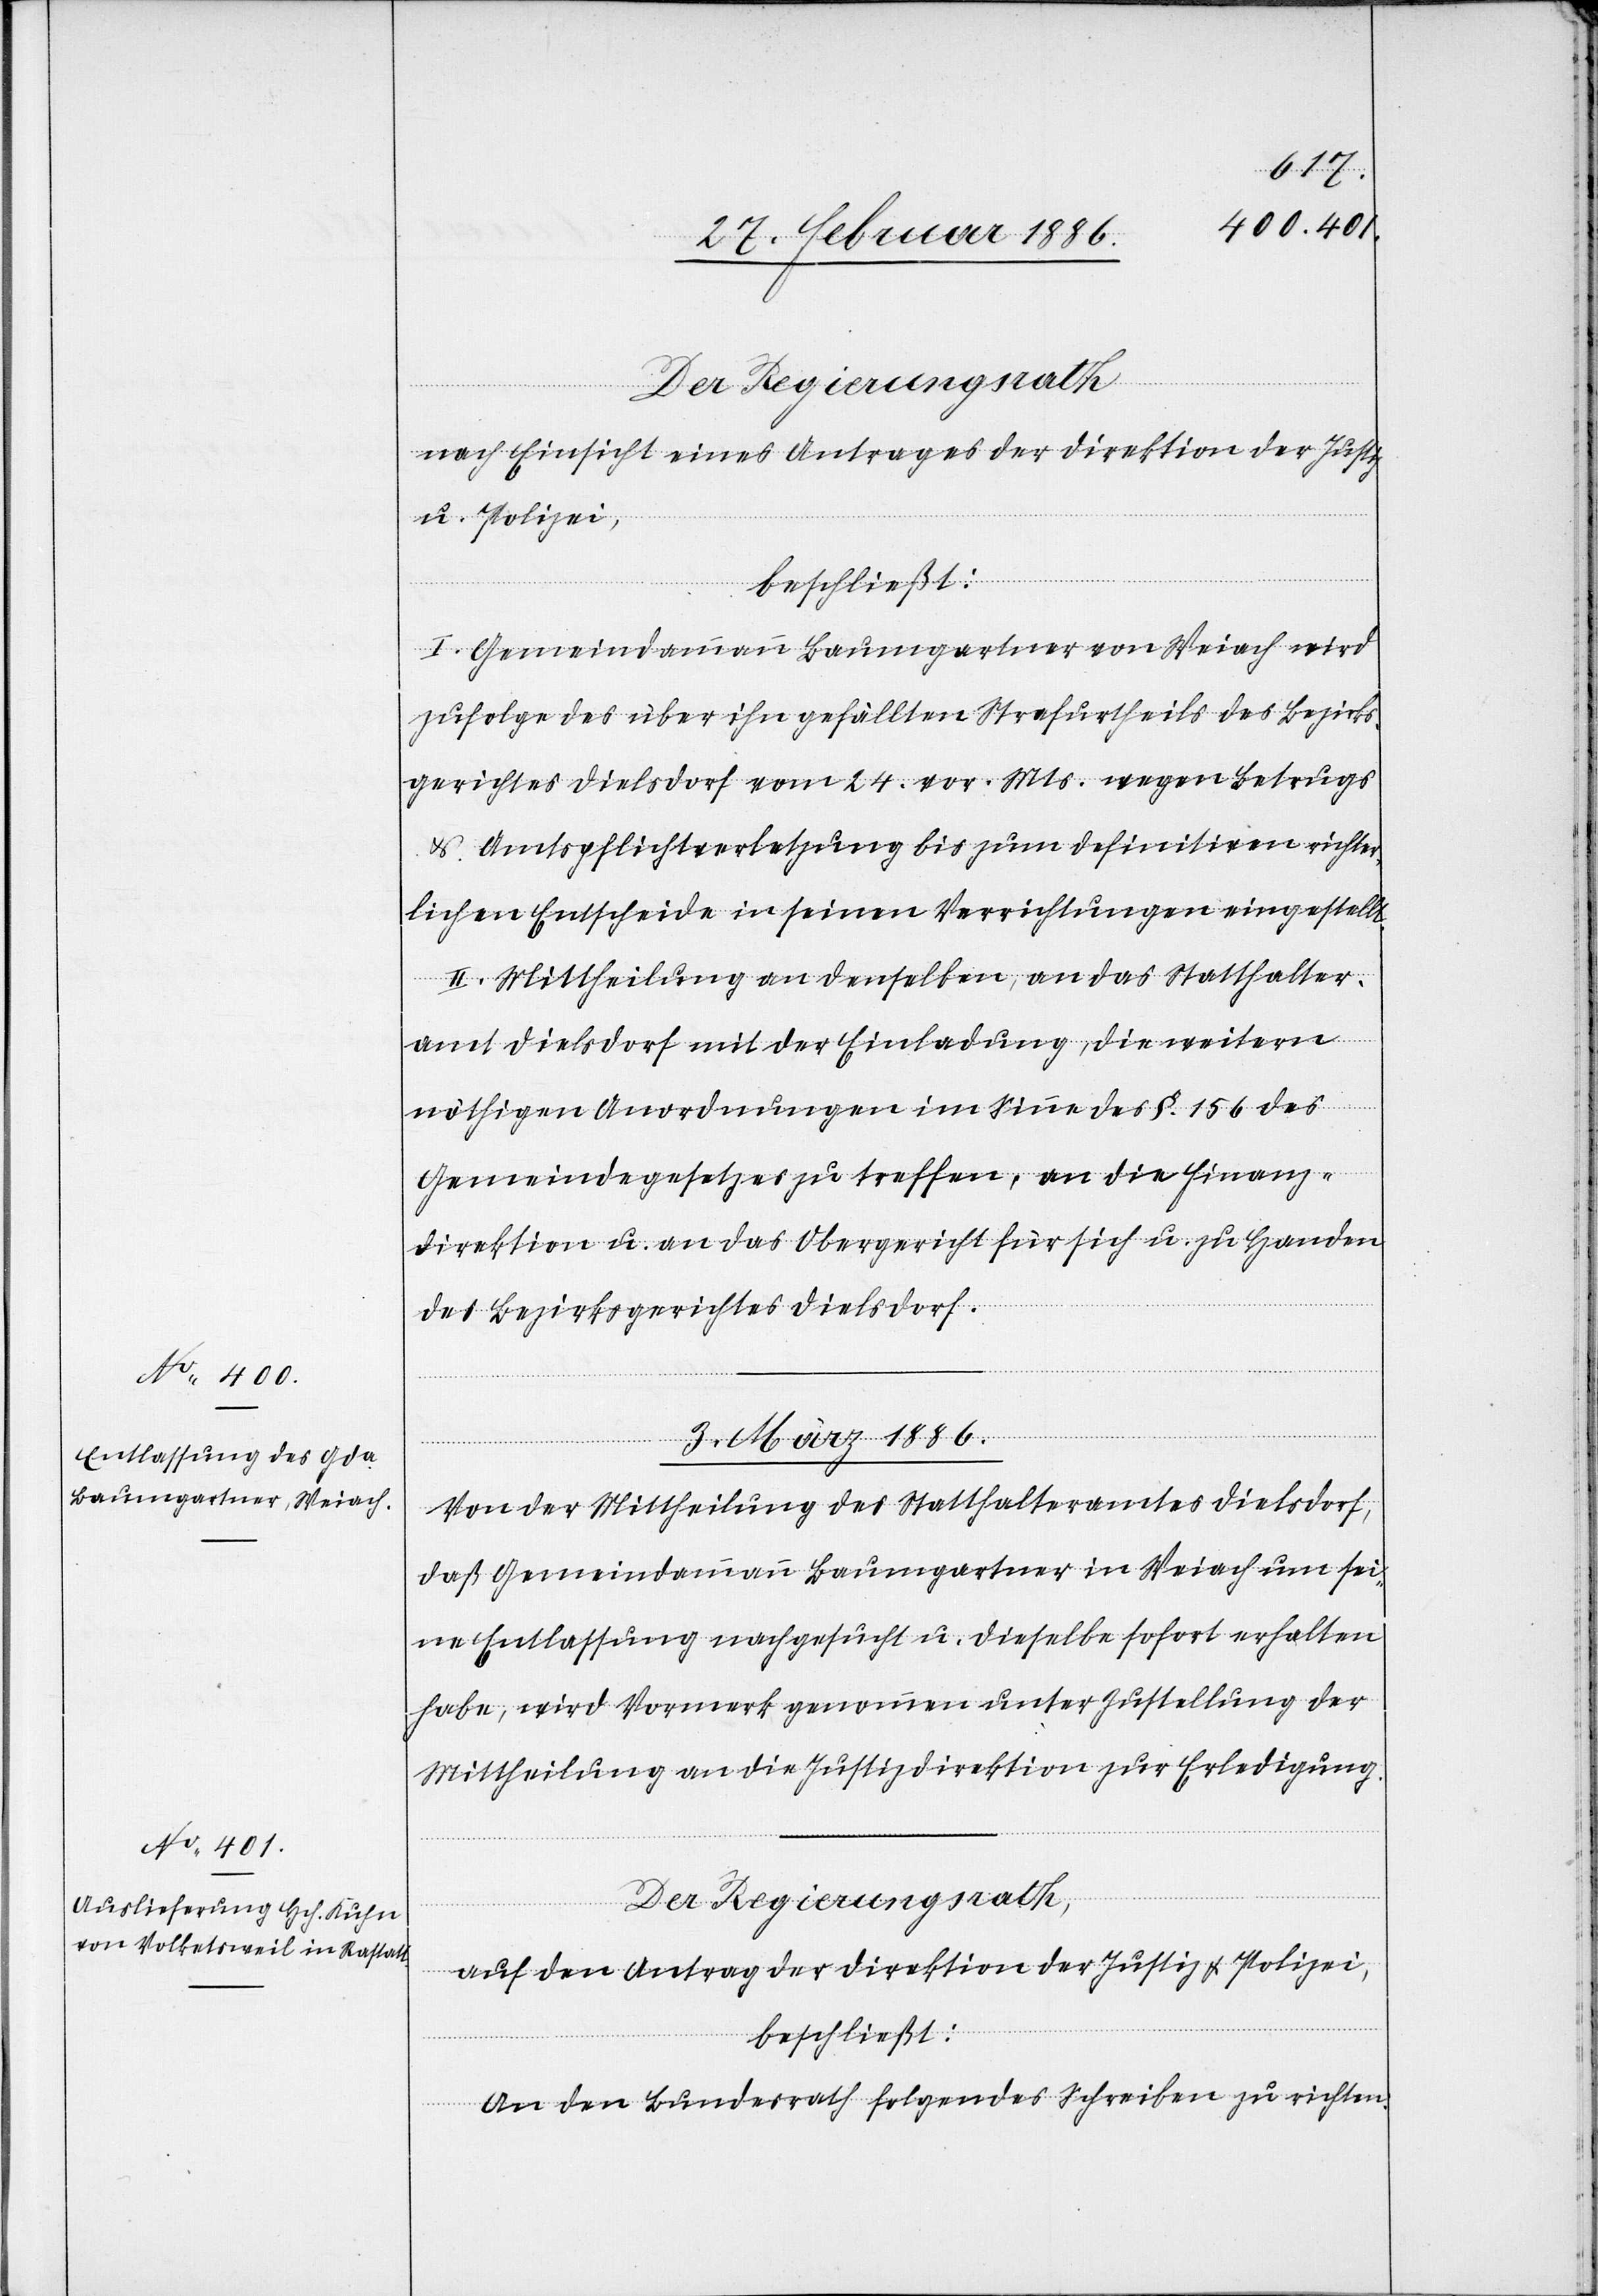
nach Einsicht eines Antrages der Direktion der Justiz
u. Polizei,
beschließt:
I. Gemeindeammann Baumgartner von Weiach wird
zufolge das über ihn gefällten Strafurtheils des Bezirks¬
gerichtes Dielsdorf vom 24. vor. Mts. wegen Betrugs
& Amtspflichtverletzung bis zum definitiven richter¬
lichen Entscheide in seinen Verrichtungen eingestellt.
II. Mitteilung an denselben, an das Statthalter¬
amt Dielsdorf mit der Einladung, die weitern
nöthigen Anordnungen im Sinne des §. 156 des
Gemeindgesetzes zu treffen, an die Finanz¬
direktion u. an das Obergericht für sich u. zu Handen
des Bezirksgerichts Dielsdorf.
3. März 1886.]
Von der Mittheilung des Statthalteramtes Dielsdorf,
daß Gemeindeammann Baumgartner in Weiach um sei¬
ne Entlassung nachgesucht u. dieselbe sofort erhalten
habe, wird Vormerk genommen unter Zustellung der
Mittheilung an die Justizdirektion zur Erledigung.
Der Regierungsrath,
auf den Antrag der Direktion der Justiz & Polizei,
beschließt:
An den Bundesrath folgendes Schreiben zu richten: